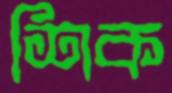
শিক